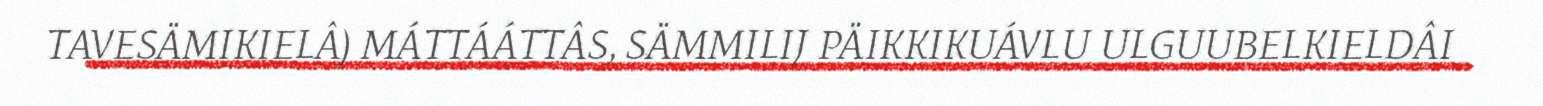
TAVESÄMIKIELÂ) MÁTTÁÁTTÂS, SÄMMILIJ PÄIKKIKUÁVLU ULGUUBELKIELDÂI